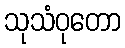
သုသံဝုတော